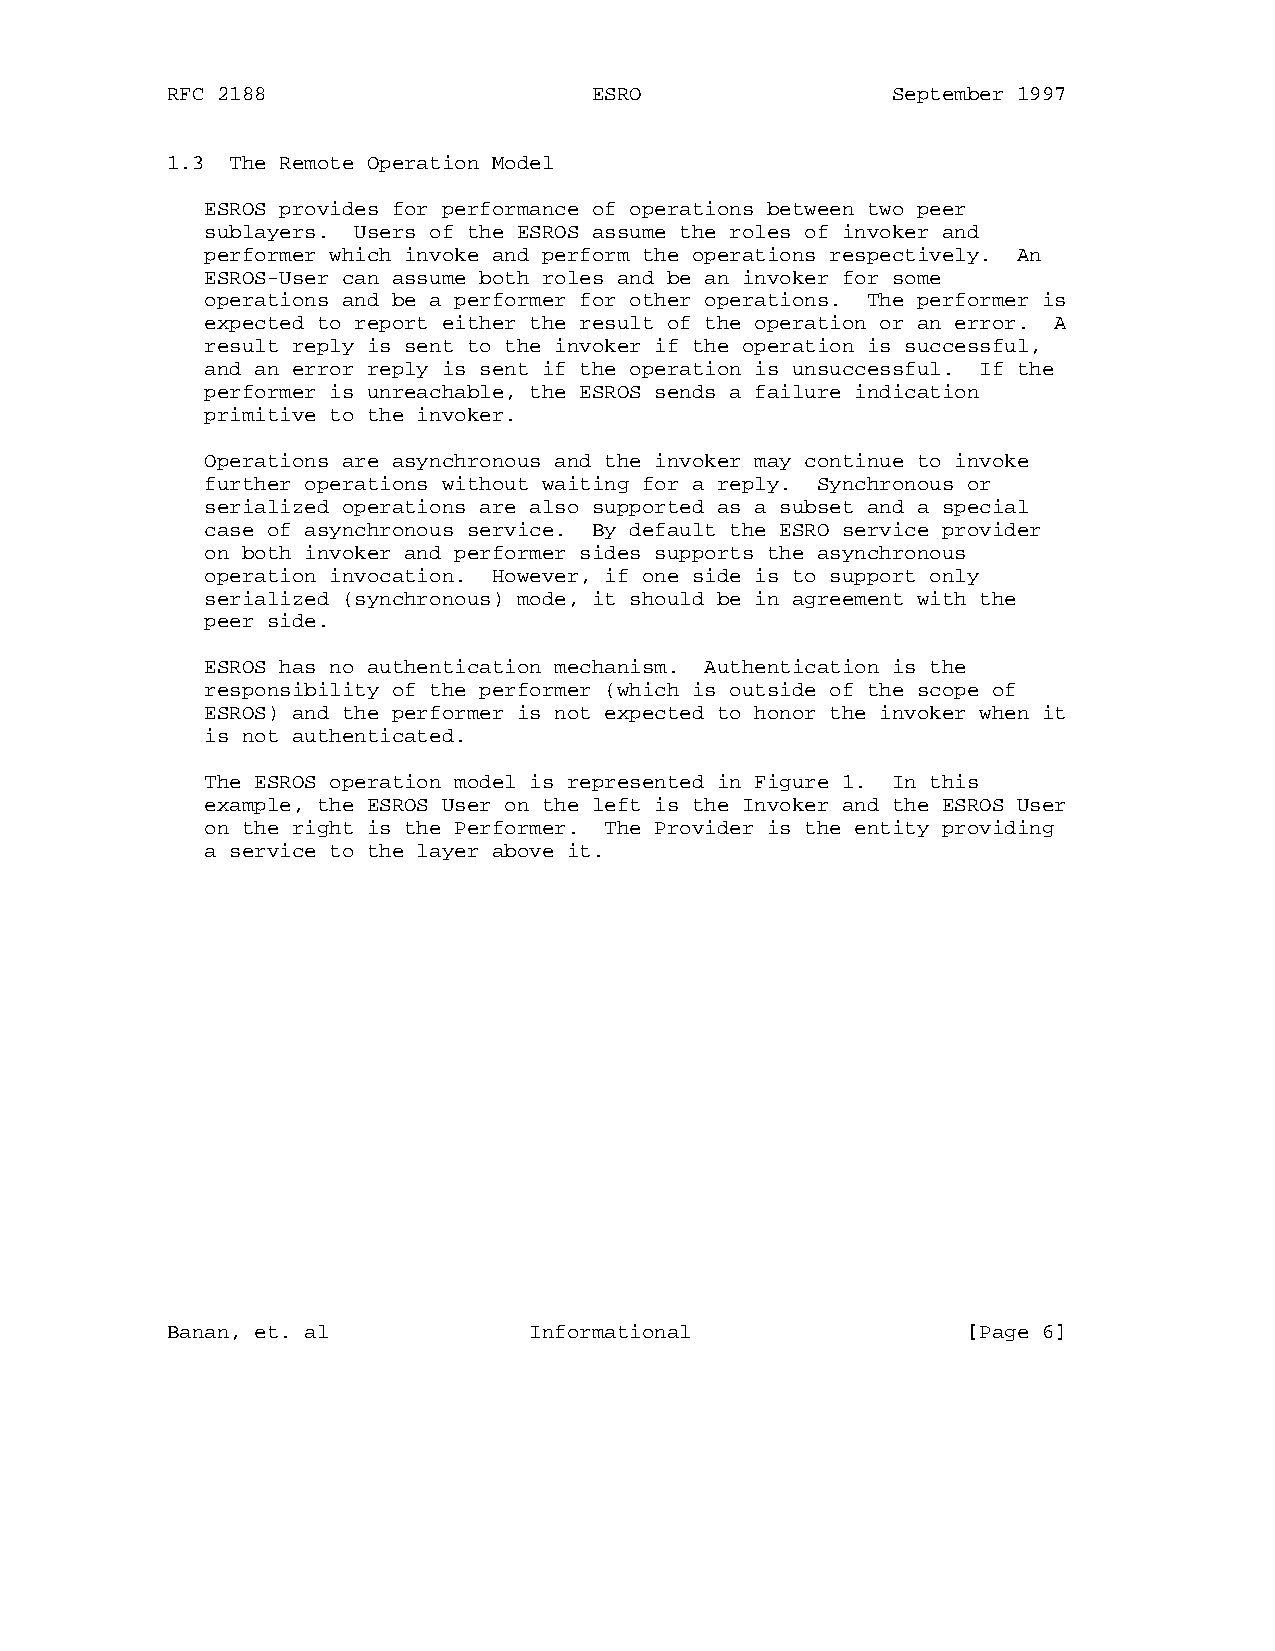
RFC 2188                    ESRO                September 1997
 1.3 The Remote Operation Model
 ESROS provides for performance of operations between two peer
 sublayers. Users of the ESROS assume the roles of invoker and
 performer which invoke and perform the operations respectively. An
 ESROS-User can assume both roles and be an invoker for some
 operations and be a performer for other operations. The performer is
 expected to report either the result of the operation or an error. A
 result reply is sent to the invoker if the operation is successful,
 and an error reply is sent if the operation is unsuccessful. If the
 performer is unreachable, the ESROS sends a failure indication
 primitive to the invoker.
 Operations are asynchronous and the invoker may continue to invoke
 further operations without waiting for a reply. Synchronous or
 serialized operations are also supported as a subset and a special
 case of asynchronous service. By default the ESRO service provider
 on both invoker and performer sides supports the asynchronous
 operation invocation. However, if one side is to support only
 serialized (synchronous) mode, it should be in agreement with the
 peer side.
 ESROS has no authentication mechanism. Authentication is the
 responsibility of the performer (which is outside of the scope of
 ESROS) and the performer is not expected to honor the invoker when it
 is not authenticated.
 The ESROS operation model is represented in Figure 1. In this
 example, the ESROS User on the left is the Invoker and the ESROS User
 on the right is the Performer. The Provider is the entity providing
 a service to the layer above it.
 Banan, et. al           Informational                [Page 6]